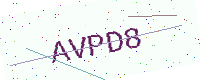
Text: AVPD8